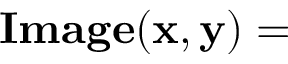
\mathbf { I m a g e ( x , y ) = }